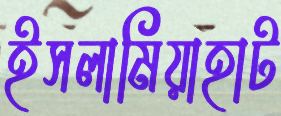
ইসলামিয়াহাট